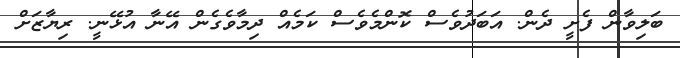
ބަލިވާން ފެށީ ދެން. އަބަދުވެސް ކޮންމެވެސް ކަމެއް ދިމާވެގެން އޭނާ އުޅޭނީ. ރިޔާޒަށް